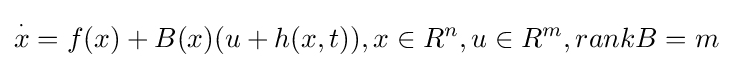
{\overset {\cdot }{x}}=f(x)+B(x)(u+h(x,t)),x\in R^{n},u\in R^{m},rankB=m